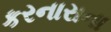
કરનારાના